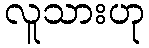
လူသားဟု